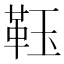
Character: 𩊇